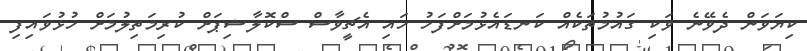
ކިޔަވަން ދެވޭނެ ވަކި ގައުމުތަކެއް ކަނޑައެޅުމަށްފަހު ހައި އެޗީވާސް ސްކޮލާޝިޕަށް ކުރިމަތިލުމަށް ހުޅުވައިފި